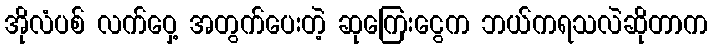
အိုလံပစ် လက်ဝှေ့ အတွက်ပေးတဲ့ ဆုကြေးငွေက ဘယ်ကရသလဲဆိုတာက